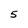
Character: 5